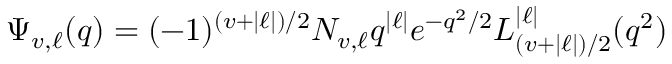
\Psi _ { v , \ell } ( q ) = ( - 1 ) ^ { ( v + | \ell | ) / 2 } N _ { v , \ell } q ^ { | \ell | } e ^ { - q ^ { 2 } / 2 } L _ { ( v + | \ell | ) / 2 } ^ { | \ell | } ( q ^ { 2 } )